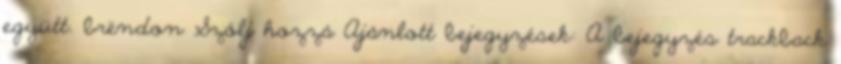
együtt. brëndon Szólj hozzá Ajánlott bejegyzések: A bejegyzés trackback